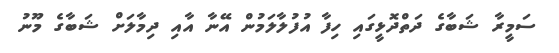
ސަމީރާ ޝަބާގެ ދަތްދޮޅީގައި ހިފާ އުފުލާލަމުން އޭނާ އާއި ދިމާލަށް ޝަބާގެ މޫނު